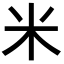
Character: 米